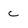
Character: C